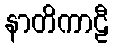
နာတိကာဠီ